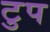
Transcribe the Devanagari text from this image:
टुप